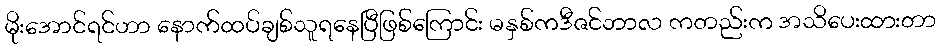
မိုးအောင်ရင်ဟာ နောက်ထပ်ချစ်သူရနေပြီဖြစ်ကြောင်း မနှစ်ကဒီဇင်ဘာလ ကတည်းက အသိပေးထားတာ